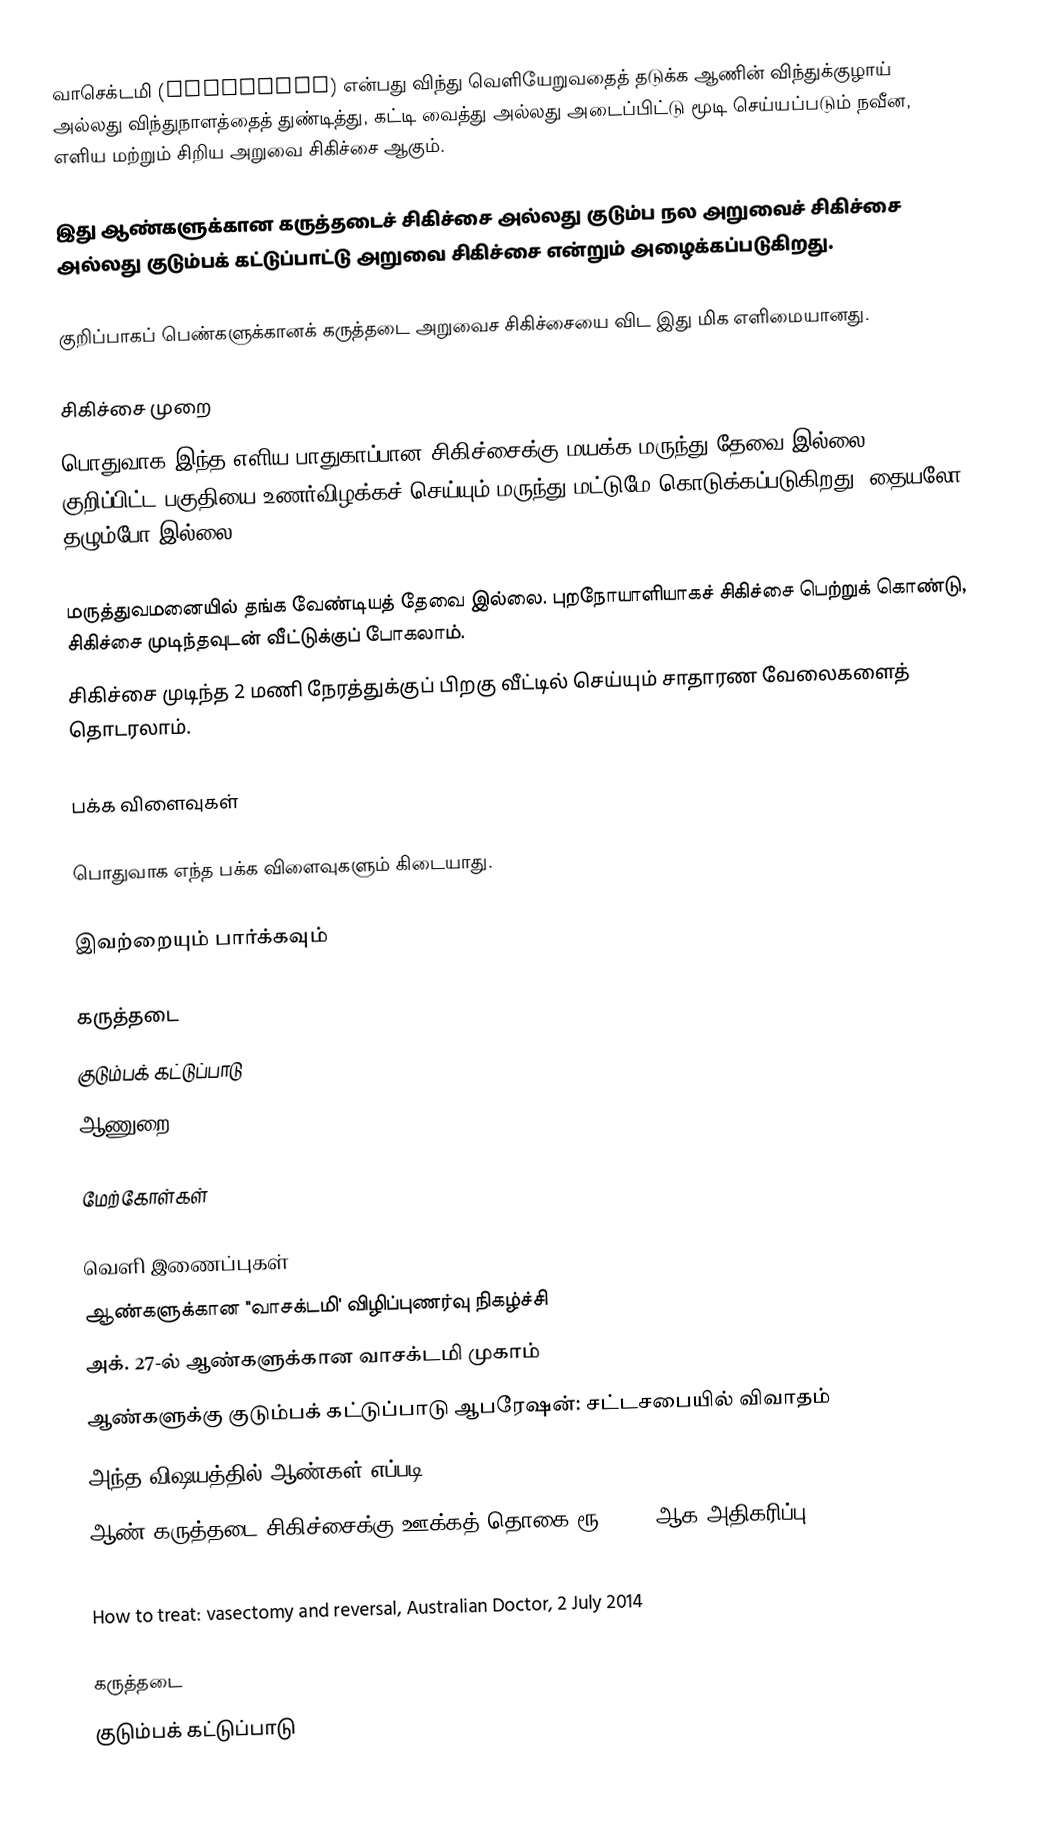
வாசெக்டமி (Vasectomy) என்பது விந்து வெளியேறுவதைத் தடுக்க ஆணின் விந்துக்குழாய் அல்லது விந்துநாளத்தைத் துண்டித்து, கட்டி வைத்து அல்லது அடைப்பிட்டு மூடி செய்யப்படும் நவீன, எளிய மற்றும் சிறிய அறுவை சிகிச்சை ஆகும்.

இது ஆண்களுக்கான கருத்தடைச் சிகிச்சை அல்லது குடும்ப நல அறுவைச் சிகிச்சை அல்லது குடும்பக் கட்டுப்பாட்டு அறுவை சிகிச்சை என்றும் அழைக்கப்படுகிறது.

குறிப்பாகப் பெண்களுக்கானக் கருத்தடை அறுவைச சிகிச்சையை விட இது மிக எளிமையானது.

சிகிச்சை முறை
பொதுவாக இந்த எளிய பாதுகாப்பான சிகிச்சைக்கு மயக்க மருந்து தேவை இல்லை, குறிப்பிட்ட பகுதியை உணர்விழக்கச் செய்யும் மருந்து மட்டுமே கொடுக்கப்படுகிறது. தையலோ தழும்போ இல்லை.

மருத்துவமனையில் தங்க வேண்டியத் தேவை இல்லை. புறநோயாளியாகச் சிகிச்சை பெற்றுக் கொண்டு, சிகிச்சை முடிந்தவுடன் வீட்டுக்குப் போகலாம்.
சிகிச்சை முடிந்த 2 மணி நேரத்துக்குப் பிறகு வீட்டில் செய்யும் சாதாரண வேலைகளைத் தொடரலாம்.

பக்க விளைவுகள்

பொதுவாக எந்த பக்க விளைவுகளும் கிடையாது.

இவற்றையும் பார்க்கவும்

 கருத்தடை
 குடும்பக் கட்டுப்பாடு
 ஆணுறை

மேற்கோள்கள்

வெளி இணைப்புகள்
 ஆண்களுக்கான "வாசக்டமி' விழிப்புணர்வு நிகழ்ச்சி
 அக். 27-ல் ஆண்களுக்கான வாசக்டமி முகாம்
 ஆண்களுக்கு குடும்பக் கட்டுப்பாடு ஆபரேஷன்: சட்டசபையில் விவாதம்
 அந்த விஷயத்‌தில் ஆண்கள் எப்படி?
 ஆண் கருத்தடை சிகிச்சைக்கு ஊக்கத் தொகை ரூ.1,100-ஆக அதிகரிப்பு
 MedlinePlus Encyclopedia
 How to treat: vasectomy and reversal, Australian Doctor, 2 July 2014

கருத்தடை
குடும்பக் கட்டுப்பாடு